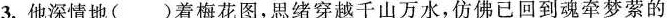
3. 他深情地( )着梅花图，思绪穿越千山万水，仿佛已回到魂牵梦萦的